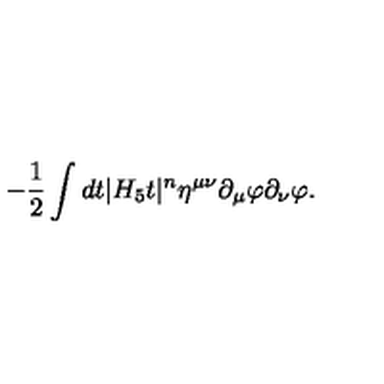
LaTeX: - { \frac { 1 } { 2 } } \int d t | H _ { 5 } t | ^ { n } \eta ^ { \mu \nu } \partial _ { \mu } \varphi \partial _ { \nu } \varphi .